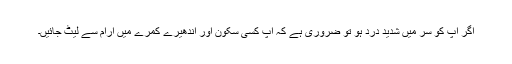
اگر آپ کو سَر میں شدید درد ہو تو ضروری ہے کہ آپ کسی سکون اور اندھیرے کمرے میں آرام سے لیٹ جائیں۔